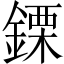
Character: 𨫊